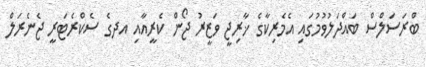
ބްރަސަލްސް ބައްދަލުވުމުގައި އެމެރިކާގެ ޚާރިޖީ ވަޒީރު ޖޯން ކެރީއާއި އދގެ ސެކްރެޓަރީ ޖެނެރަލް